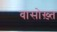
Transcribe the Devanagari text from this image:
वासोख़्त